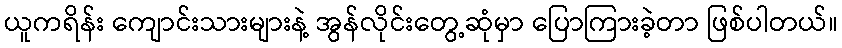
ယူကရိန်း ကျောင်းသားများနဲ့ အွန်လိုင်းတွေ့ဆုံမှာ ပြောကြားခဲ့တာ ဖြစ်ပါတယ်။